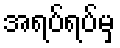
အရပ်ရပ်မှ